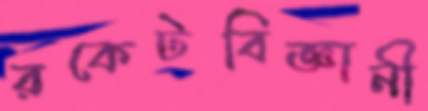
রকেটবিজ্ঞানী